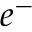
e ^ { - }